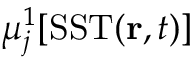
\mu _ { j } ^ { 1 } [ \mathrm { S S T } ( \mathbf { r } , t ) ]